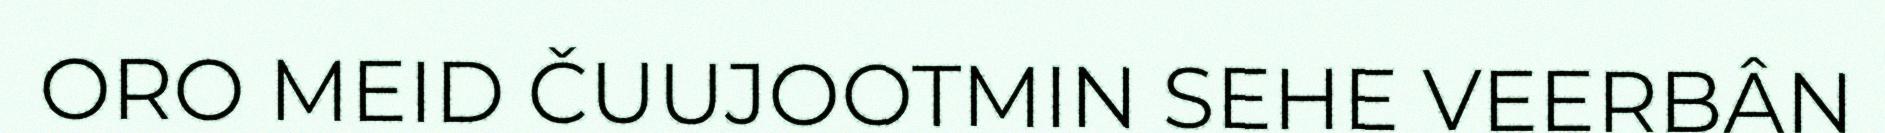
ORO MEID ČUUJOOTMIN SEHE VEERBÂN